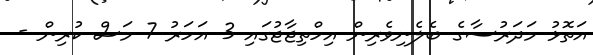
އަތޮޅު މަދަރުސާގެ ބެލެނިވެރިން އިހްތިޖާޖުގައި 3 އަހަރު 7 މަސް ކުރިން -